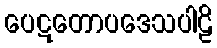
ပေဋတောပဒေသပါဠိ